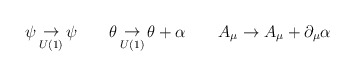
\begin{align*}\psi\mathop\to_{U(1)} \psi\qquad \theta\mathop\to_{U(1)}\theta + \alpha\qquad A_\mu \to A_\mu + \partial_\mu\alpha\end{align*}